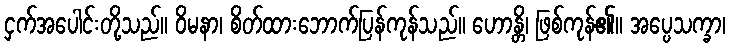
ငှက်အပေါင်းတို့သည်။ ဝိမနာ၊ စိတ်ထားဘောက်ပြန်ကုန်သည်။ ဟောန္တိ၊ ဖြစ်ကုန်၏။ အပ္ပေသက္ခာ၊